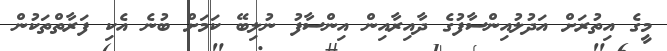
މީގެ އިތުރަށް އަދުލުއިންސާފުގެ ދާއިރާއިން އިންސާފު ނުލިބޭ ކަމަށް ބުނެ އެކި ފަރާތްތަކުން